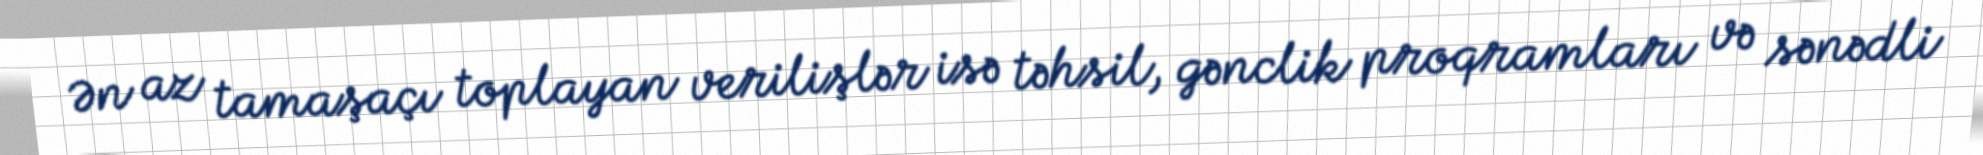
Ən az tamaşaçı toplayan verilişlər isə təhsil, gənclik proqramları və sənədli